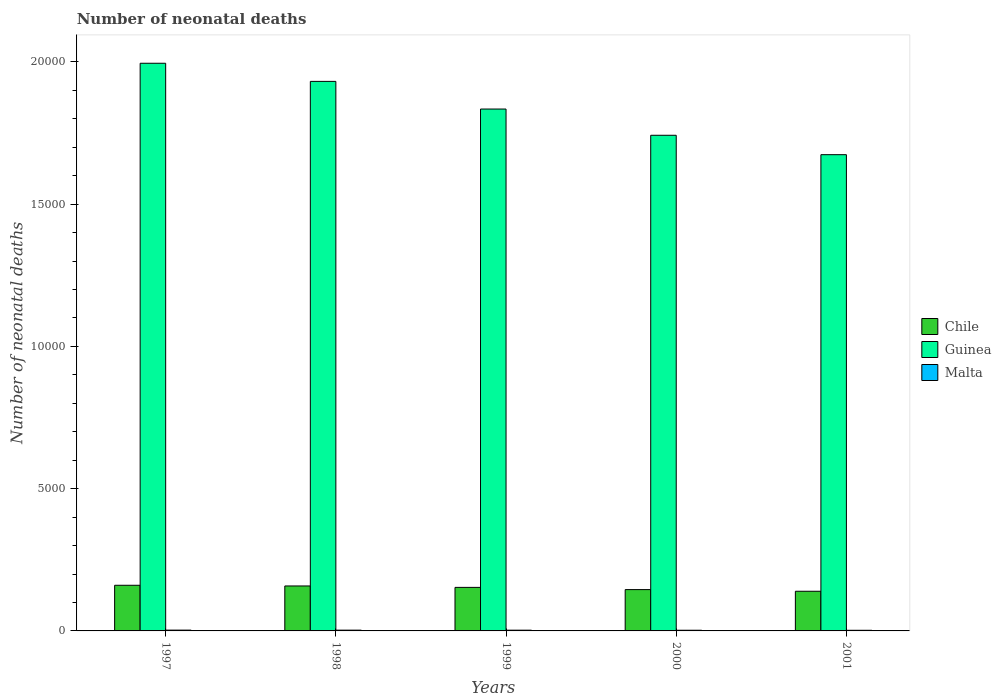
| Years | Chile | Guinea | Malta |
 | --- | --- | --- | --- |
 | 1997 | 1.6e+03 | 2e+04 | 28 |
 | 1998 | 1.58e+03 | 1.93e+04 | 27 |
 | 1999 | 1.53e+03 | 1.83e+04 | 26 |
 | 2000 | 1.45e+03 | 1.74e+04 | 24 |
 | 2001 | 1.39e+03 | 1.67e+04 | 22 |